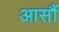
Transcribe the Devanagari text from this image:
आसौं